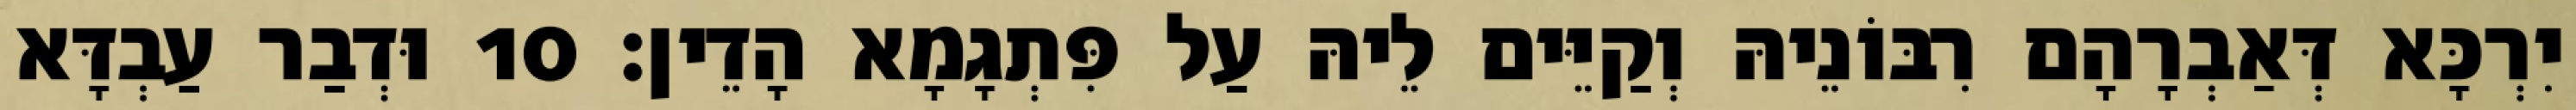
יִרְכָּא דְּאַבְרָהָם רִבּוֹנֵיהּ וְקַיֵּים לֵיהּ עַל פִּתְגָמָא הָדֵין׃ 10 וּדְבַר עַבְדָּא